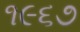
૧૯૬૭